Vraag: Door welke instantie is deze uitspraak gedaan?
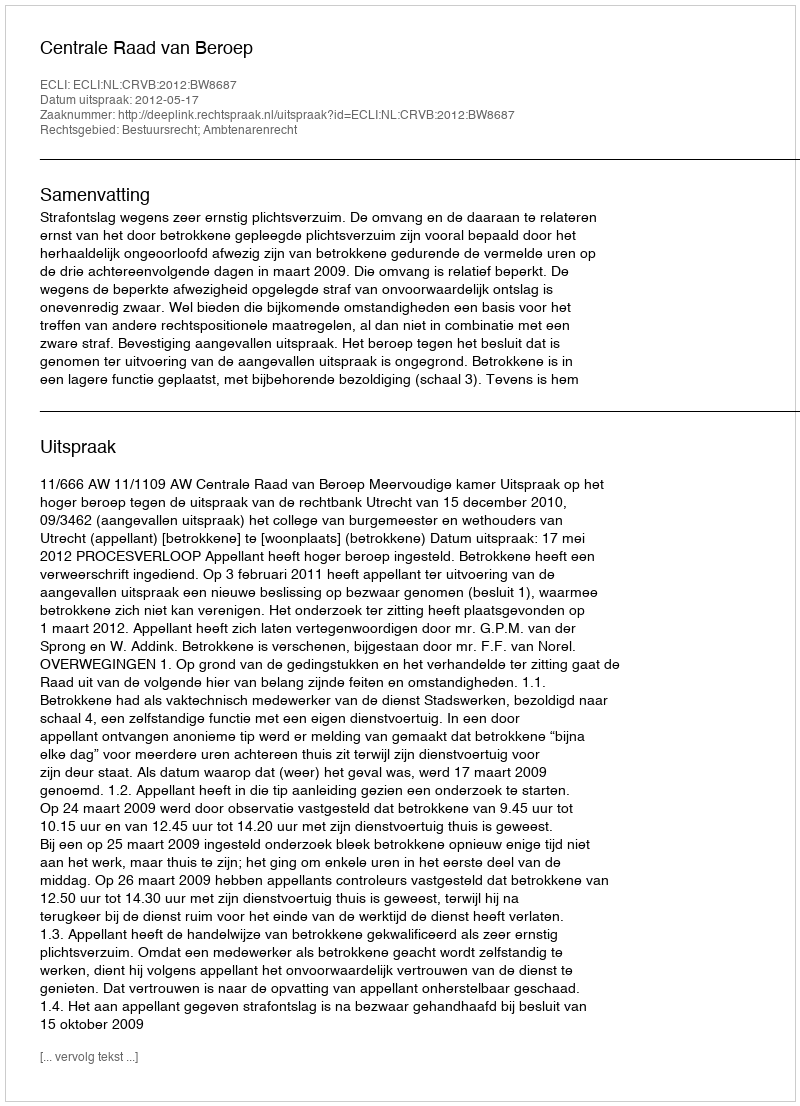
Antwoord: Centrale Raad van Beroep